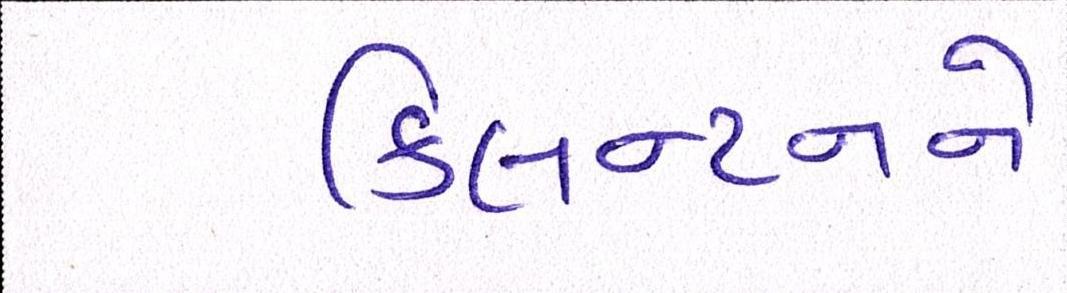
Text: ક્લિન્ટનને